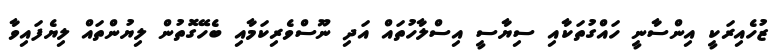
ޒުހެއިރަކީ އިންސާނީ ހައްގުތަކާއި ސިޔާސީ އިސްލާހުތައް އަދި ނޫސްވެރިކަމާއި ބެހޭގޮތުން ލިޔުންތައް ލިޔެފައިވާ